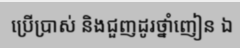
ប្រើប្រាស់ និងជួញដូរថ្នាំញៀន ឯ